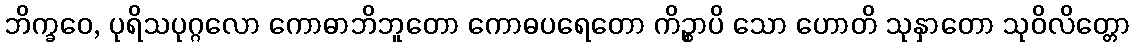
ဘိက္ခဝေ, ပုရိသပုဂ္ဂလော ကောဓာဘိဘူတော ကောဓပရေတော ကိဉ္စာပိ သော ဟောတိ သုနှာတော သုဝိလိတ္တော